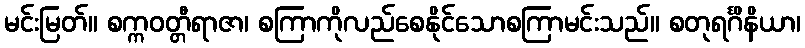
မင်းမြတ်။ စက္ကဝတ္တီရာဇာ၊ စကြာကိုလည်စေနိုင်သောစကြာမင်းသည်။ စတုရင်္ဂိနိယာ၊